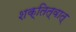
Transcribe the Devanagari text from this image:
शक्तित्वात्